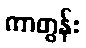
ကာတွန်း